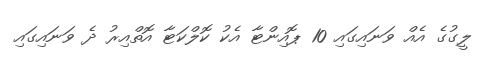
ލީގުގެ އެއް ވަނައިގައި 10 ޕޮއިންޓާ އެކު ކޮލްކަޓާ އޮތްއިރު ދެ ވަނައިގައި